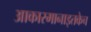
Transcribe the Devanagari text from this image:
आकारमानाइतकेच